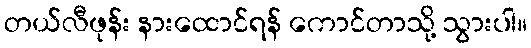
တယ်လီဖုန်း နားထောင်ရန် ကောင်တာသို့ သွားပါ။